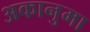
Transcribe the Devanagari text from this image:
अकानुमा